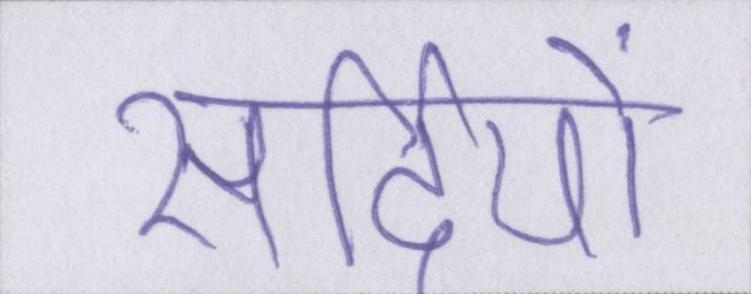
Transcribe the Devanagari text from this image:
सर्दियों